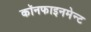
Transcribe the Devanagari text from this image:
कॉनफाइनमेन्ट